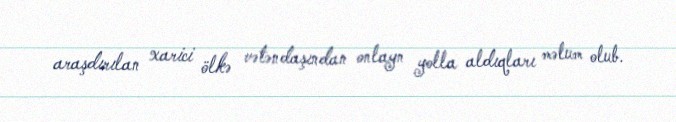
araşdırılan xarici ölkə vətəndaşından onlayn yolla aldıqları məlum olub.